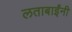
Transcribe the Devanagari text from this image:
लताबाईंनी